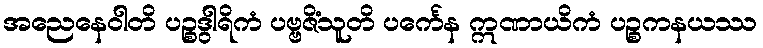
အညေနေဝါတိ ပဉ္စဒွါရိကံ ပဗ္ဗဇိံသူတိ ပင်္ကေန ဣဏာယိကံ ပဉ္စကနယဿ